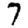
Digit: 7